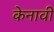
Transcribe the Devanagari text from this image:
केनावी